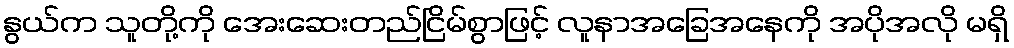
နွယ်က သူတို့ကို အေးဆေးတည်ငြိမ်စွာဖြင့် လူနာအခြေအနေကို အပိုအလို မရှိ